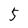
Character: 5